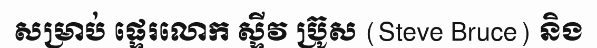
សម្រាប់ ផ្ទេរលោក ស្ទីវ ប្រ៊ូស (Steve Bruce) និង